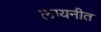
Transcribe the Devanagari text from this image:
लायनीत